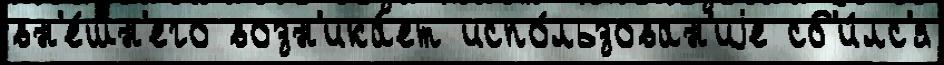
вн'е́шн'его возн'ика́ет испо́льзован'иjе сб'и́лс'я